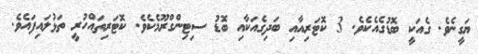
ޔަގީނެވެ. ގެއަކީ ބޮޑުގެއެކެވެ. 3 ކޮޓަރިއާއި ބަދިގެއަކާއި ބޮޑު ސިޓިންގްރޫމެކެވެ. ކޮޓަރިތައްހުރީ ތަޅުލައިފައެވެ.